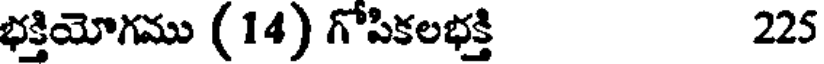
భక్తియోగము (14) గోపికలభక్తి 225